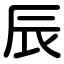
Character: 辰